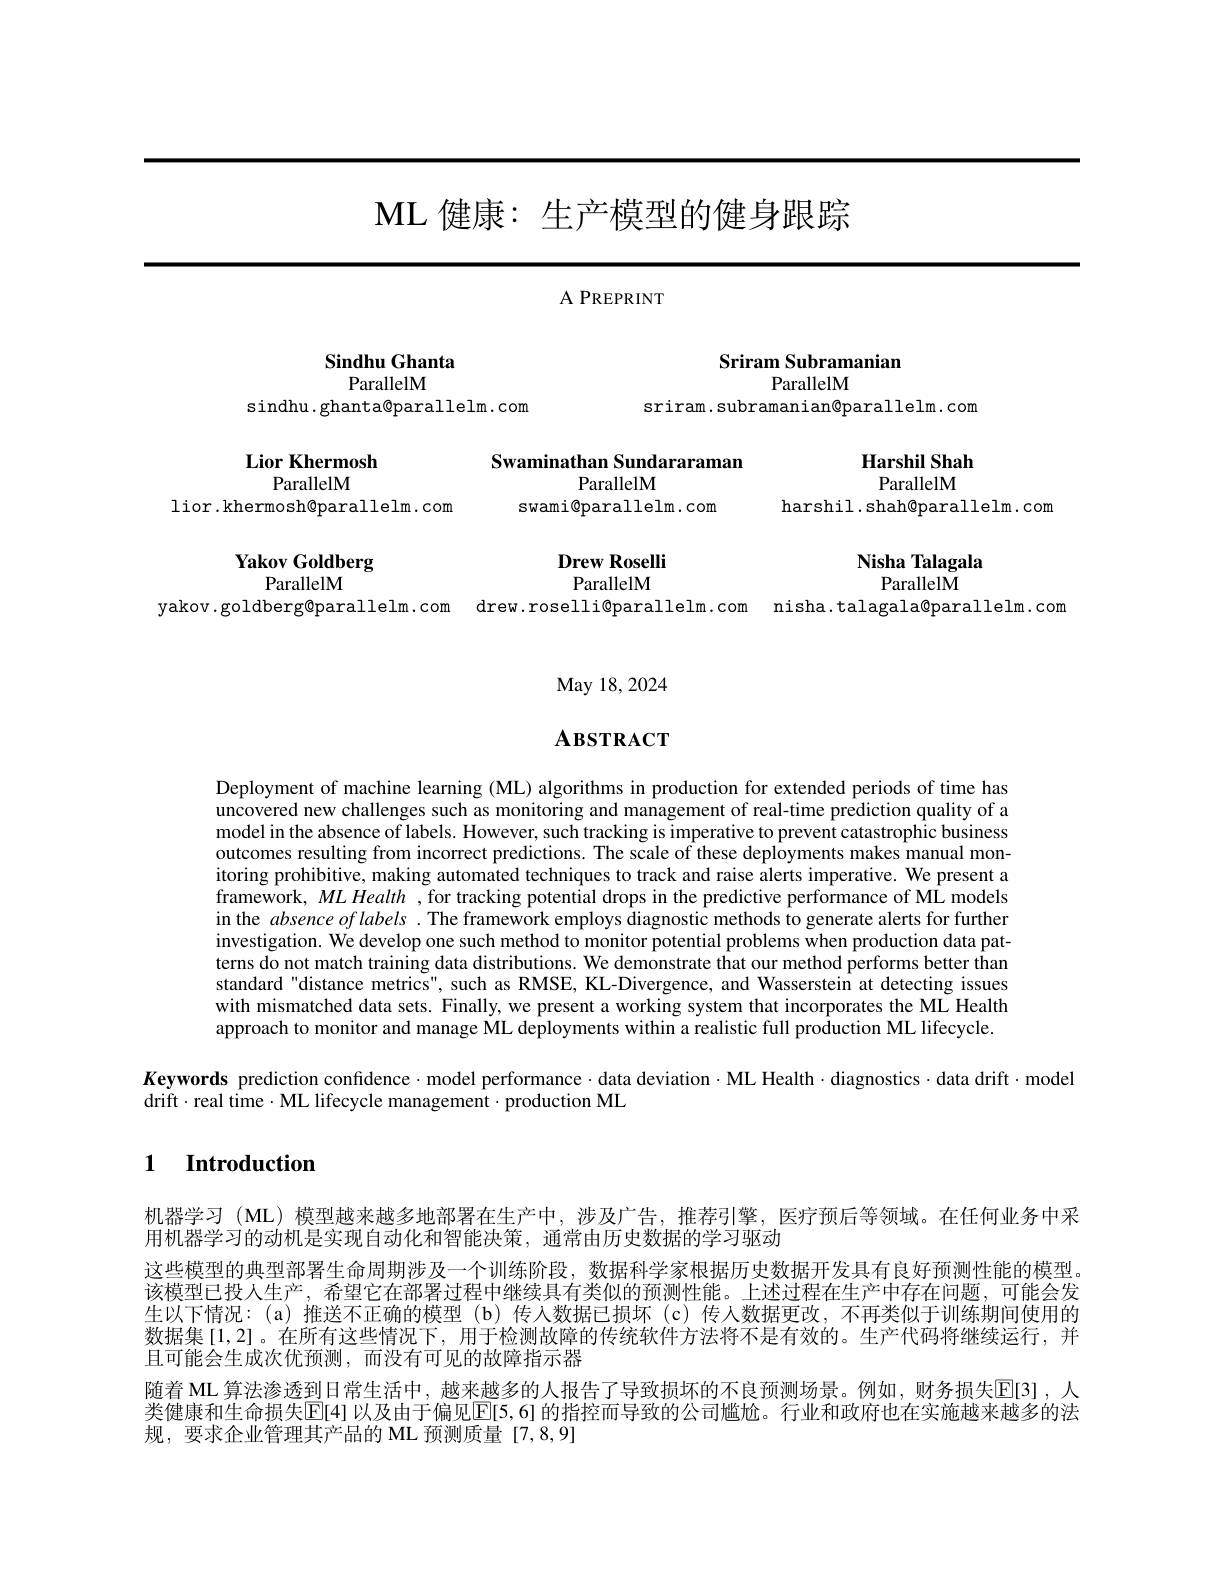
# ML 健康：生产模型的健身跟踪

A PREPRINT

Sindhu Ghanta

## Sriram Subramanian ParallelM

sriram.subramanian@parallelm.com

ParallelM
sindhu. ghanta@parallelm. com

Swaminathan Sundararaman
### ParallelM

Lior Khermosh
ParallelM

Harshil Shah ParallelM

swami@parallelm.com

lior.khermosh@parallelm.com

harshil. shah@parallelm. com

# Yakov Goldberg ParallelM

Nisha Talagala
ParallelM

$\textbf{Drew Roselli}$ ParallelM

yakov.goldberg@parallelm.com drew.roselli@parallelm.com nisha.talagala@parallelm.com

May 18, 2024

# $\mathbf{ABSTRACT}$

Deployment of machine learning (ML) algorithms in production for extended periods of time has uncovered new challenges such as monitoring and management of real-time prediction quality of a model in the absence of labels. However, such tracking is imperative to prevent catastrophic business outcomes resulting from incorrect predictions. The scale of these deployments makes manual monitoring prohibitive, making automated techniques to track and raise alerts imperative. We present a framework, MLHealth ,for tracking potential drops in the predictive performance of ML models in the absence of labels . The framework employs diagnostic methods to generate alerts for further investigation. We develop one such method to monitor potential problems when production data patterns do not match training data distributions. We demonstrate that our method performs better than standard "distance metrics", such as RMSE, KL-Divergence, and Wasserstein at detecting issues with mismatched data sets. Finally, we present a working system that incorporates the ML Health approach to monitor and manage ML deployments within a realistic full production ML lifecycle.
$K$eywords prediction confidence·model performance·data deviation·ML Health·diagnostics·data drift·model
drift$\cdot \hat{\text{real time}} \cdot \mathbf{ML}$ lifecycle management$\cdot\hat\text{production ML}$

### $\textbf{1}$ $\textbf{Introduction}$

机器学习 (ML) 模型越来越多地部署在生产中，涉及广告，推荐引擎，医疗预后等领域。在任何业务中采
用机器学习的动机是实现自动化和智能决策，通常由历史数据的学习驱动
这些模型的典型部署生命周期涉及一个训练阶段，数据科学家根据历史数据开发具有良好预测性能的模型该模型已投人生产，希望它在部署过程中继续具有类似的预测性能。上述过程在生产中存在问题，可能会发生以下情况：(a)推送不正确的模型(b)传入数据已损坏(c)传人数据更改，不再类似于训练期间使用的数据集[1,2]。在所有这些情况下，用于检测故障的传统软件方法将不是有效的。生产代码将继续运行，并且可能会生成次优预测，而没有可见的故障指示器
随着 ML 算法渗透到日常生活中，越来越多的人报告了导致损坏的不良预测场景。例如，财务损失E[3],人类健康和生命损失$\mathbb{E}[4]$ 以及由于偏见$\mathbb{E}[5,6]$ 的指控而导致的公司尴尬。行业和政府也在实施越来越多的法规，要求企业管理其产品的 ML 预测质量[7,8,9]